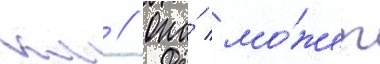
км // Она́ мо́жет